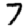
Digit: 7